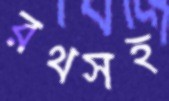
রথসহ